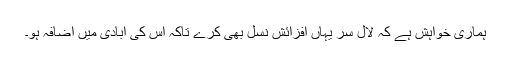
ہماری خواہش ہے کہ لال سر یہاں افزائش نسل بھی کرے تاکہ اس کی آبادی میں اضافہ ہو۔